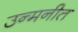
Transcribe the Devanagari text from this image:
उन्मनीत